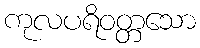
ကုလပရိဝတ္တသော